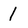
Character: 1